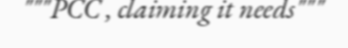
"""PCC , claiming it needs"""